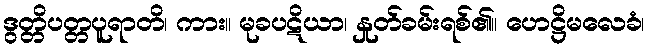
ဒွတ္တိပတ္တပူရာတိ၊ ကား။ မုခပဋိယာ၊ နှုတ်ခမ်းရစ်၏။ ဟေဋ္ဌိမလေခံ၊